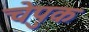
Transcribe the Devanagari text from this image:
चेपुक